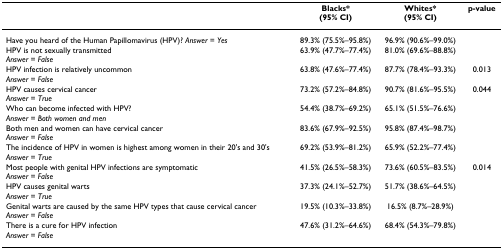
<table><thead><tr><td></td><td><b>Blacks*(95% CI)</b></td><td><b>Whites*(95% CI)</b></td><td><b>p-value</b></td></tr></thead><tbody><tr><td>Have you heard of the Human Papillomavirus (HPV)? <i>Answer = Yes</i></td><td>89.3% (75.5%–95.8%)</td><td>96.9% (90.6%–99.0%)</td><td></td></tr><tr><td>HPV is not sexually transmitted<i>Answer = False</i></td><td>63.9% (47.7%–77.4%)</td><td>81.0% (69.6%–88.8%)</td><td></td></tr><tr><td>HPV infection is relatively uncommon<i>Answer = False</i></td><td>63.8% (47.6%–77.4%)</td><td>87.7% (78.4%–93.3%)</td><td>0.013</td></tr><tr><td>HPV causes cervical cancer<i>Answer = True</i></td><td>73.2% (57.2%–84.8%)</td><td>90.7% (81.6%–95.5%)</td><td>0.044</td></tr><tr><td>Who can become infected with HPV?<i>Answer = Both women and men</i></td><td>54.4% (38.7%–69.2%)</td><td>65.1% (51.5%–76.6%)</td><td></td></tr><tr><td>Both men and women can have cervical cancer<i>Answer = False</i></td><td>83.6% (67.9%–92.5%)</td><td>95.8% (87.4%–98.7%)</td><td></td></tr><tr><td>The incidence of HPV in women is highest among women in their 20&#x27;s and 30&#x27;s<i>Answer = True</i></td><td>69.2% (53.9%–81.2%)</td><td>65.9% (52.2%–77.4%)</td><td></td></tr><tr><td>Most people with genital HPV infections are symptomatic<i>Answer = False</i></td><td>41.5% (26.5%–58.3%)</td><td>73.6% (60.5%–83.5%)</td><td>0.014</td></tr><tr><td>HPV causes genital warts<i>Answer = True</i></td><td>37.3% (24.1%–52.7%)</td><td>51.7% (38.6%–64.5%)</td><td></td></tr><tr><td>Genital warts are caused by the same HPV types that cause cervical cancer<i>Answer = False</i></td><td>19.5% (10.3%–33.8%)</td><td>16.5% (8.7%–28.9%)</td><td></td></tr><tr><td>There is a cure for HPV infection<i>Answer = False</i></td><td>47.6% (31.2%–64.6%)</td><td>68.4% (54.3%–79.8%)</td><td></td></tr></tbody></table>